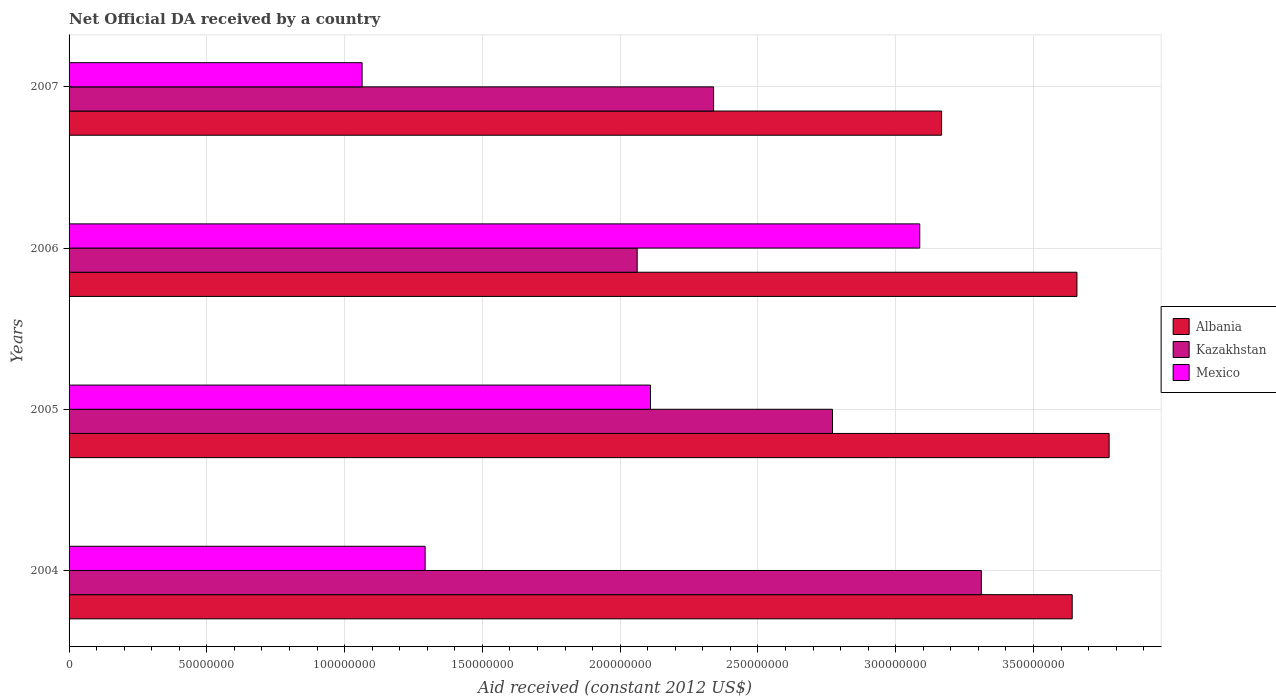
| Years | Albania | Kazakhstan | Mexico |
 | --- | --- | --- | --- |
 | 2004 | 3.64e+08 | 3.31e+08 | 1.29e+08 |
 | 2005 | 3.77e+08 | 2.77e+08 | 2.11e+08 |
 | 2006 | 3.66e+08 | 2.06e+08 | 3.09e+08 |
 | 2007 | 3.17e+08 | 2.34e+08 | 1.06e+08 |